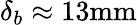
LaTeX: \delta_{b}\approx 13\mathrm{mm}